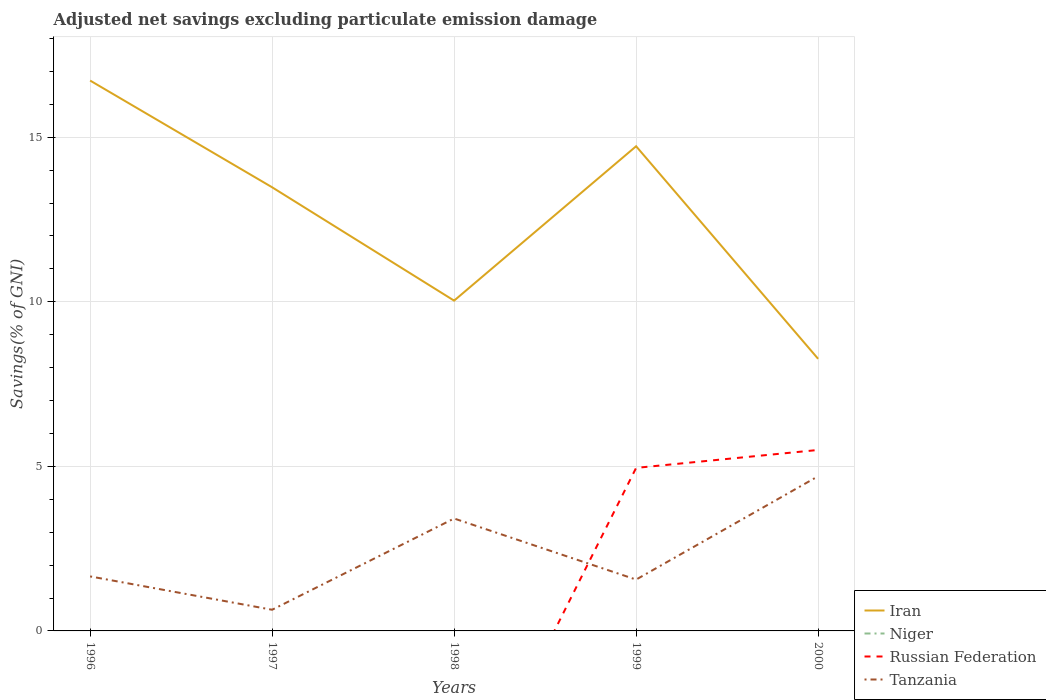
| Years | Iran | Niger | Russian Federation | Tanzania |
 | --- | --- | --- | --- | --- |
 | 1996 | 16.7 | -8.54 | -0.402 | 1.66 |
 | 1997 | 13.5 | -10 | -1.89 | 0.643 |
 | 1998 | 10 | -8.37 | -6.07 | 3.42 |
 | 1999 | 14.7 | -5.79 | 4.95 | 1.56 |
 | 2000 | 8.27 | -6.13 | 5.5 | 4.7 |